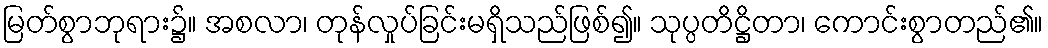
မြတ်စွာဘုရား၌။ အစလာ၊ တုန်လှုပ်ခြင်းမရှိသည်ဖြစ်၍။ သုပ္ပတိဋ္ဌိတာ၊ ကောင်းစွာတည်၏။